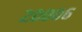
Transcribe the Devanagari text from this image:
२०००६